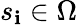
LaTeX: s_{\mathbf{i}}\in\Omega